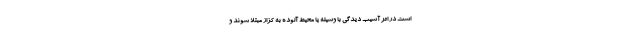
است در اثر آسیب دیدگی با وسیله یا محیط آلوده به کزاز مبتلا شوند و